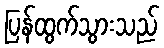
ပြန်ထွက်သွားသည်